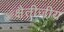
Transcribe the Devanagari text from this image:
क्षैतीजीय